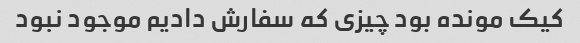
کیک مونده بود چیزی که سفارش دادیم موجود نبود